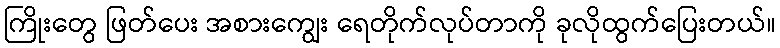
ကြိုးတွေ ဖြတ်ပေး အစားကျွေး ရေတိုက်လုပ်တာကို ခုလိုထွက်ပြေးတယ်။